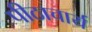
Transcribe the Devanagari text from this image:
पीठाचार्य